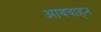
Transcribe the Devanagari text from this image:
आववाहन